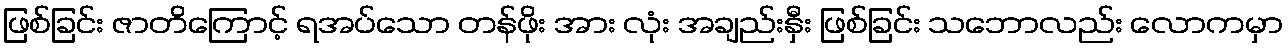
ဖြစ်ခြင်း ဇာတိကြောင့် ရအပ်သော တန်ဖိုး အား လုံး အချည်းနှီး ဖြစ်ခြင်း သဘောလည်း လောကမှာ